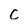
Character: C